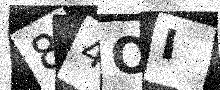
Text: 84OI